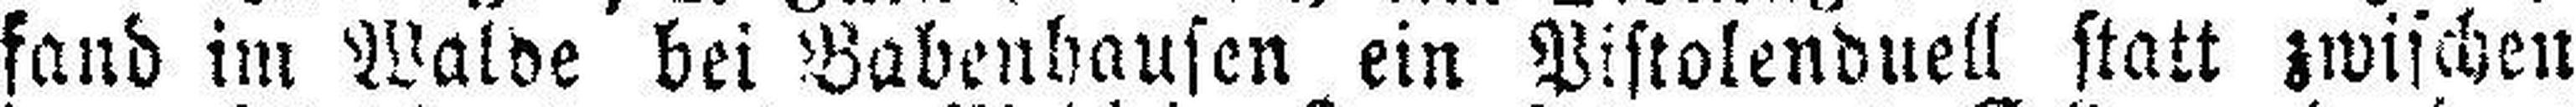
fand im Walde bei Babenhausen ein Pistolenduell statt zwischen